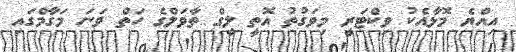
އިއްޔެ މޮޅާއެކު ވިކްޓަރީ މިވަގުތު އޮތީ ލީގް ތާވަލްގެ ހަތް ވަނަ މަގާމްގައި